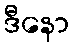
ဒီနော